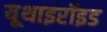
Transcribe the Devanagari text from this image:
यूथाइरॉइड